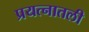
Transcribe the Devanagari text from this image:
प्रयत्नातली